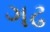
ગઢ